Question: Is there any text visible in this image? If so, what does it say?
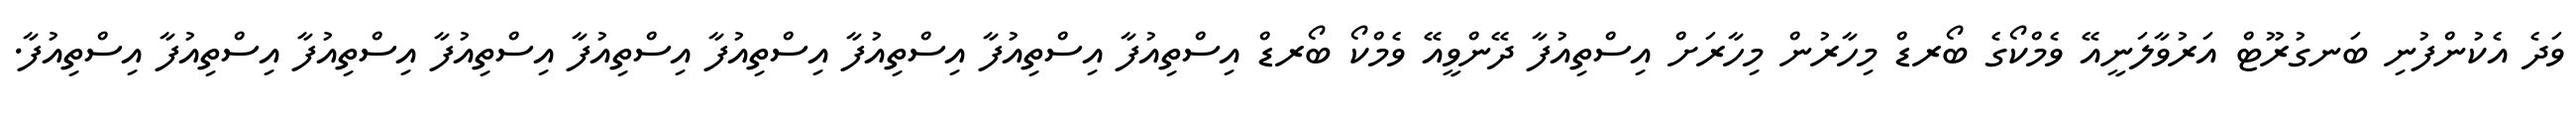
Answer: ވަދެ އެކުންފުނި ބަނގުރޫޓް އަރުވާލަނީއޭ ވެމްކޯގެ ބޯރޑް މިހާރުން މިހާރަށް އިސްތިއުފާ ދޭންވީއޭ ވެމްކޯ ބޯރޑް އިސްތިއުފާ އިސްތިއުފާ އިސްތިއުފާ އިސްތިއުފާ އިސްތިއުފާ އިސްތިއުފާ އިސްތިއުފާ އިސްތިއުފާ އިސްތިއުފާ.